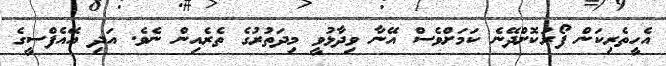
އެހީތެރިކަން ފޯރުކޮށްދޭނެ ކަމަށްވެސް އޭނާ ވިދާޅުވީ މިދަތުރުގެ ތެރެއިން ނެވެ. އަދި އޭއެފްސީގެ